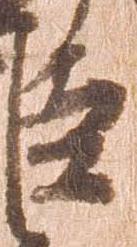
臣